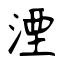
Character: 湮